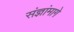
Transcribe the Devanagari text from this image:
संज्ञांमागे